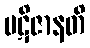
ပဋိဇာနတိ